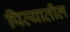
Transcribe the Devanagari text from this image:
पित्यातील